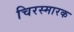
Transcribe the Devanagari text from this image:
चिरस्मारक